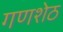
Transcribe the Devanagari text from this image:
गणशेठ